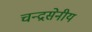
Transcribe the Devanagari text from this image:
चन्द्रसेनीय